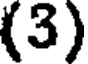
(3)